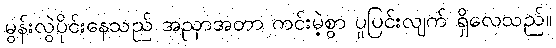
မွန်းလွဲပိုင်းနေသည် အညှာအတာ ကင်းမဲ့စွာ ပူပြင်းလျက် ရှိလေသည်။